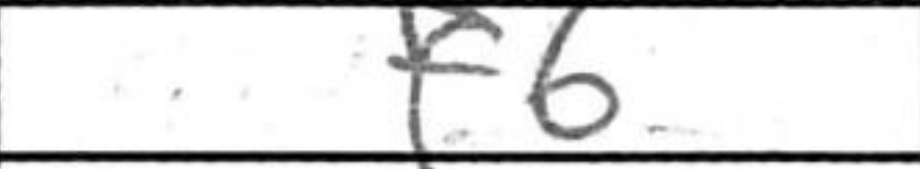
Transcription: f6